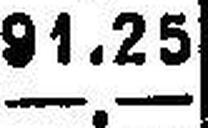
—.—